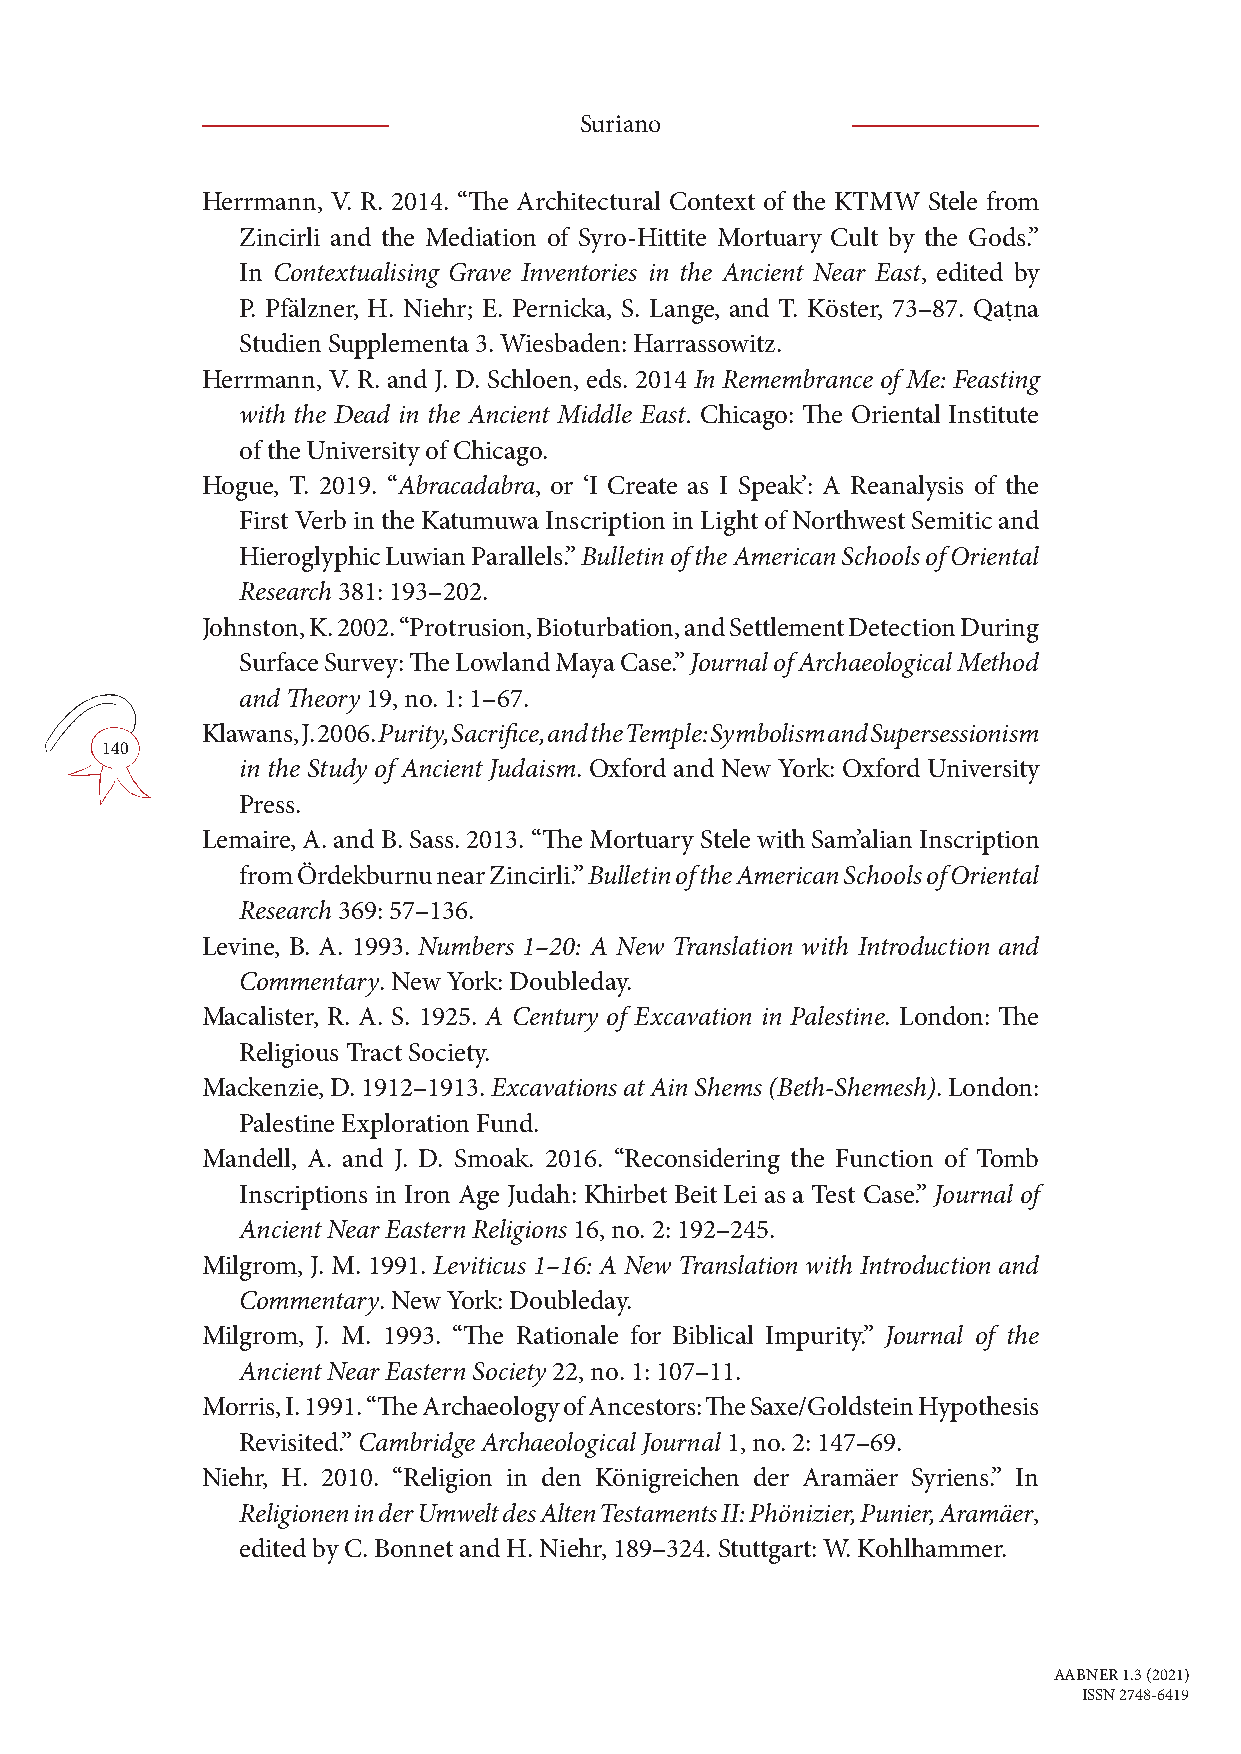
Suriano
 Herrmann, V. R. 2014. “The Architectural Context of the KTMW Stele from
 Zincirli and the Mediation of Syro-Hittite Mortuary Cult by the Gods.”
 In Contextualising Grave Inventories in the Ancient Near East, edited by
 P. Pfälzner, H. Niehr; E. Pernicka, S. Lange, and T. Köster, 73–87. Qaṭna
 Studien Supplementa 3. Wiesbaden: Harrassowitz.
 Herrmann, V. R. and J. D. Schloen, eds. 2014 In Remembrance of Me: Feasting
 with the Dead in the Ancient Middle East. Chicago: The Oriental Institute
 of the University of Chicago.
 Hogue, T. 2019. “Abracadabra, or ‘I Create as I Speak’: A Reanalysis of the
 First Verb in the Katumuwa Inscription in Light of Northwest Semitic and
 Hieroglyphic Luwian Parallels.” Bulletin of the American Schools of Oriental
 Research 381: 193–202.
 Johnston, K. 2002. “Protrusion, Bioturbation, and Settlement Detection During
 Surface Survey: The Lowland Maya Case.” Journal of Archaeological Method
 and Theory 19, no. 1: 1–67.
 Klawans, J. 2006. Purity, Sacrifice, and the Temple: Symbolism and Supersessionism
 140
 in the Study of Ancient Judaism. Oxford and New York: Oxford University
 Press.
 Lemaire, A. and B. Sass. 2013. “The Mortuary Stele with Sam’alian Inscription
 from Ördekburnu near Zincirli.” Bulletin of the American Schools of Oriental
 Research 369: 57–136.
 Levine, B. A. 1993. Numbers 1–20: A New Translation with Introduction and
 Commentary. New York: Doubleday.
 Macalister, R. A. S. 1925. A Century of Excavation in Palestine. London: The
 Religious Tract Society.
 Mackenzie, D. 1912–1913. Excavations at Ain Shems (Beth-Shemesh). London:
 Palestine Exploration Fund.
 Mandell, A. and J. D. Smoak. 2016. “Reconsidering the Function of Tomb
 Inscriptions in Iron Age Judah: Khirbet Beit Lei as a Test Case.” Journal of
 Ancient Near Eastern Religions 16, no. 2: 192–245.
 Milgrom, J. M. 1991. Leviticus 1–16: A New Translation with Introduction and
 Commentary. New York: Doubleday.
 Milgrom, J. M. 1993. “The Rationale for Biblical Impurity.” Journal of the
 Ancient Near Eastern Society 22, no. 1: 107–11.
 Morris, I. 1991. “The Archaeology of Ancestors: The Saxe/Goldstein Hypothesis
 Revisited.” Cambridge Archaeological Journal 1, no. 2: 147–69.
 Niehr, H. 2010. “Religion in den Königreichen der Aramäer Syriens.” In
 Religionen in der Umwelt des Alten Testaments II: Phönizier, Punier, Aramäer,
 edited by C. Bonnet and H. Niehr, 189–324. Stuttgart: W. Kohlhammer.
 AABNER 1.3 (2021)
 ISSN 2748-6419